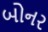
બોનર